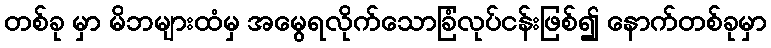
တစ်ခု မှာ မိဘများထံမှ အမွေရလိုက်သောခြံလုပ်ငန်းဖြစ်၍ နောက်တစ်ခုမှာ